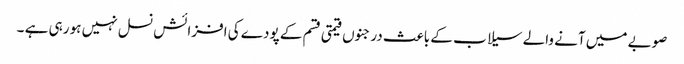
صوبے میں آنے والے سیلا ب کے باعث درجنوں قیمتی قسم کے پودے کی افزائش نسل نہیں ہو رہی ہے ۔